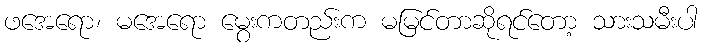
ဖအေရော၊ မအေရော မွေးကတည်းက မမြင်တာဆိုရင်တော့ သားသမီးပါ